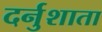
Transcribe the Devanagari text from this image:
दर्नुशाता